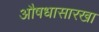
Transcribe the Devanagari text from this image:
औषधासारखा